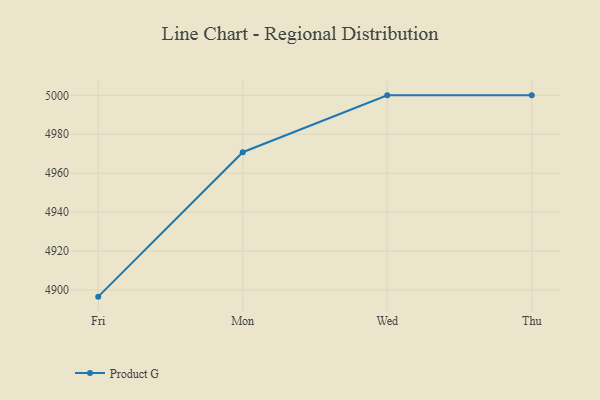
{"axis": {"x": "Day", "y": "Churn Rate (%)"}, "legend": ["Product G"], "data": [{"x": "Fri", "y": 4896.6, "type": "Product G"}, {"x": "Mon", "y": 4970.8, "type": "Product G"}, {"x": "Wed", "y": 5000, "type": "Product G"}, {"x": "Thu", "y": 5000, "type": "Product G"}]}